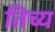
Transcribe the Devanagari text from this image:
तिच्य